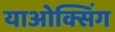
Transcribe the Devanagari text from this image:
याओक्सिंग